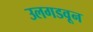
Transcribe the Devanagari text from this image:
उलगडवून